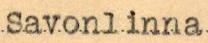
Savonlinna